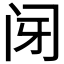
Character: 𰿩